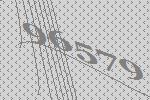
96579